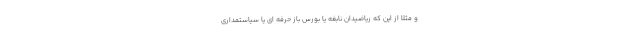
و مثلاً از این که ریاضیدان نابغه یا بورس باز حرفه ای یا سیاستمداری